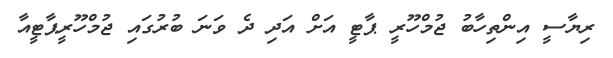
ރިޔާސީ އިންތިހާބު ޖުމްހޫރީ ޕާޓީ އަށް އަދި ދެ ވަނަ ބުރުގައި ޖުމްހޫރީޕާޓީއާ